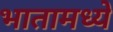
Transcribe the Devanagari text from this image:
भातामध्ये